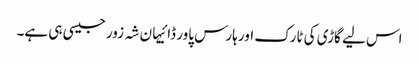
اس لیے گاڑی کی ٹارک اور ہارس پاور ڈائیہان شہ زور جیسی ہی ہے۔